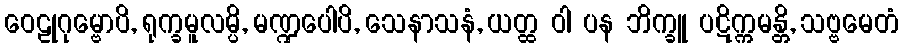
ဝေဠုဂုမ္ဗောပိ, ရုက္ခမူလမ္ပိ, မဏ္ဍပေါပိ, သေနာသနံ, ယတ္ထ ဝါ ပန ဘိက္ခူ ပဋိက္ကမန္တိ, သဗ္ဗမေတံ